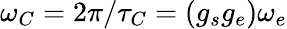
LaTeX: \omega_{C}=2\pi/\tau_{C}=\left(g_{s}g_{e}\right)\omega_{e}